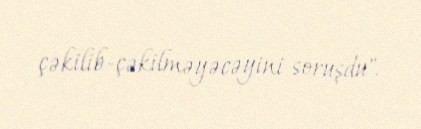
çəkilib-çəkilməyəcəyini soruşdu".